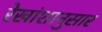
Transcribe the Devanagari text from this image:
रेखांशानुसार